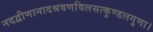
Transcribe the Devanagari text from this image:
नदद्वीणानादश्रवणविलसत्कुण्डलगुणा।